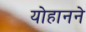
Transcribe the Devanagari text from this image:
योहानने